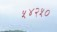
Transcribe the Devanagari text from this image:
५४२५०